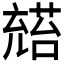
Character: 𪞅